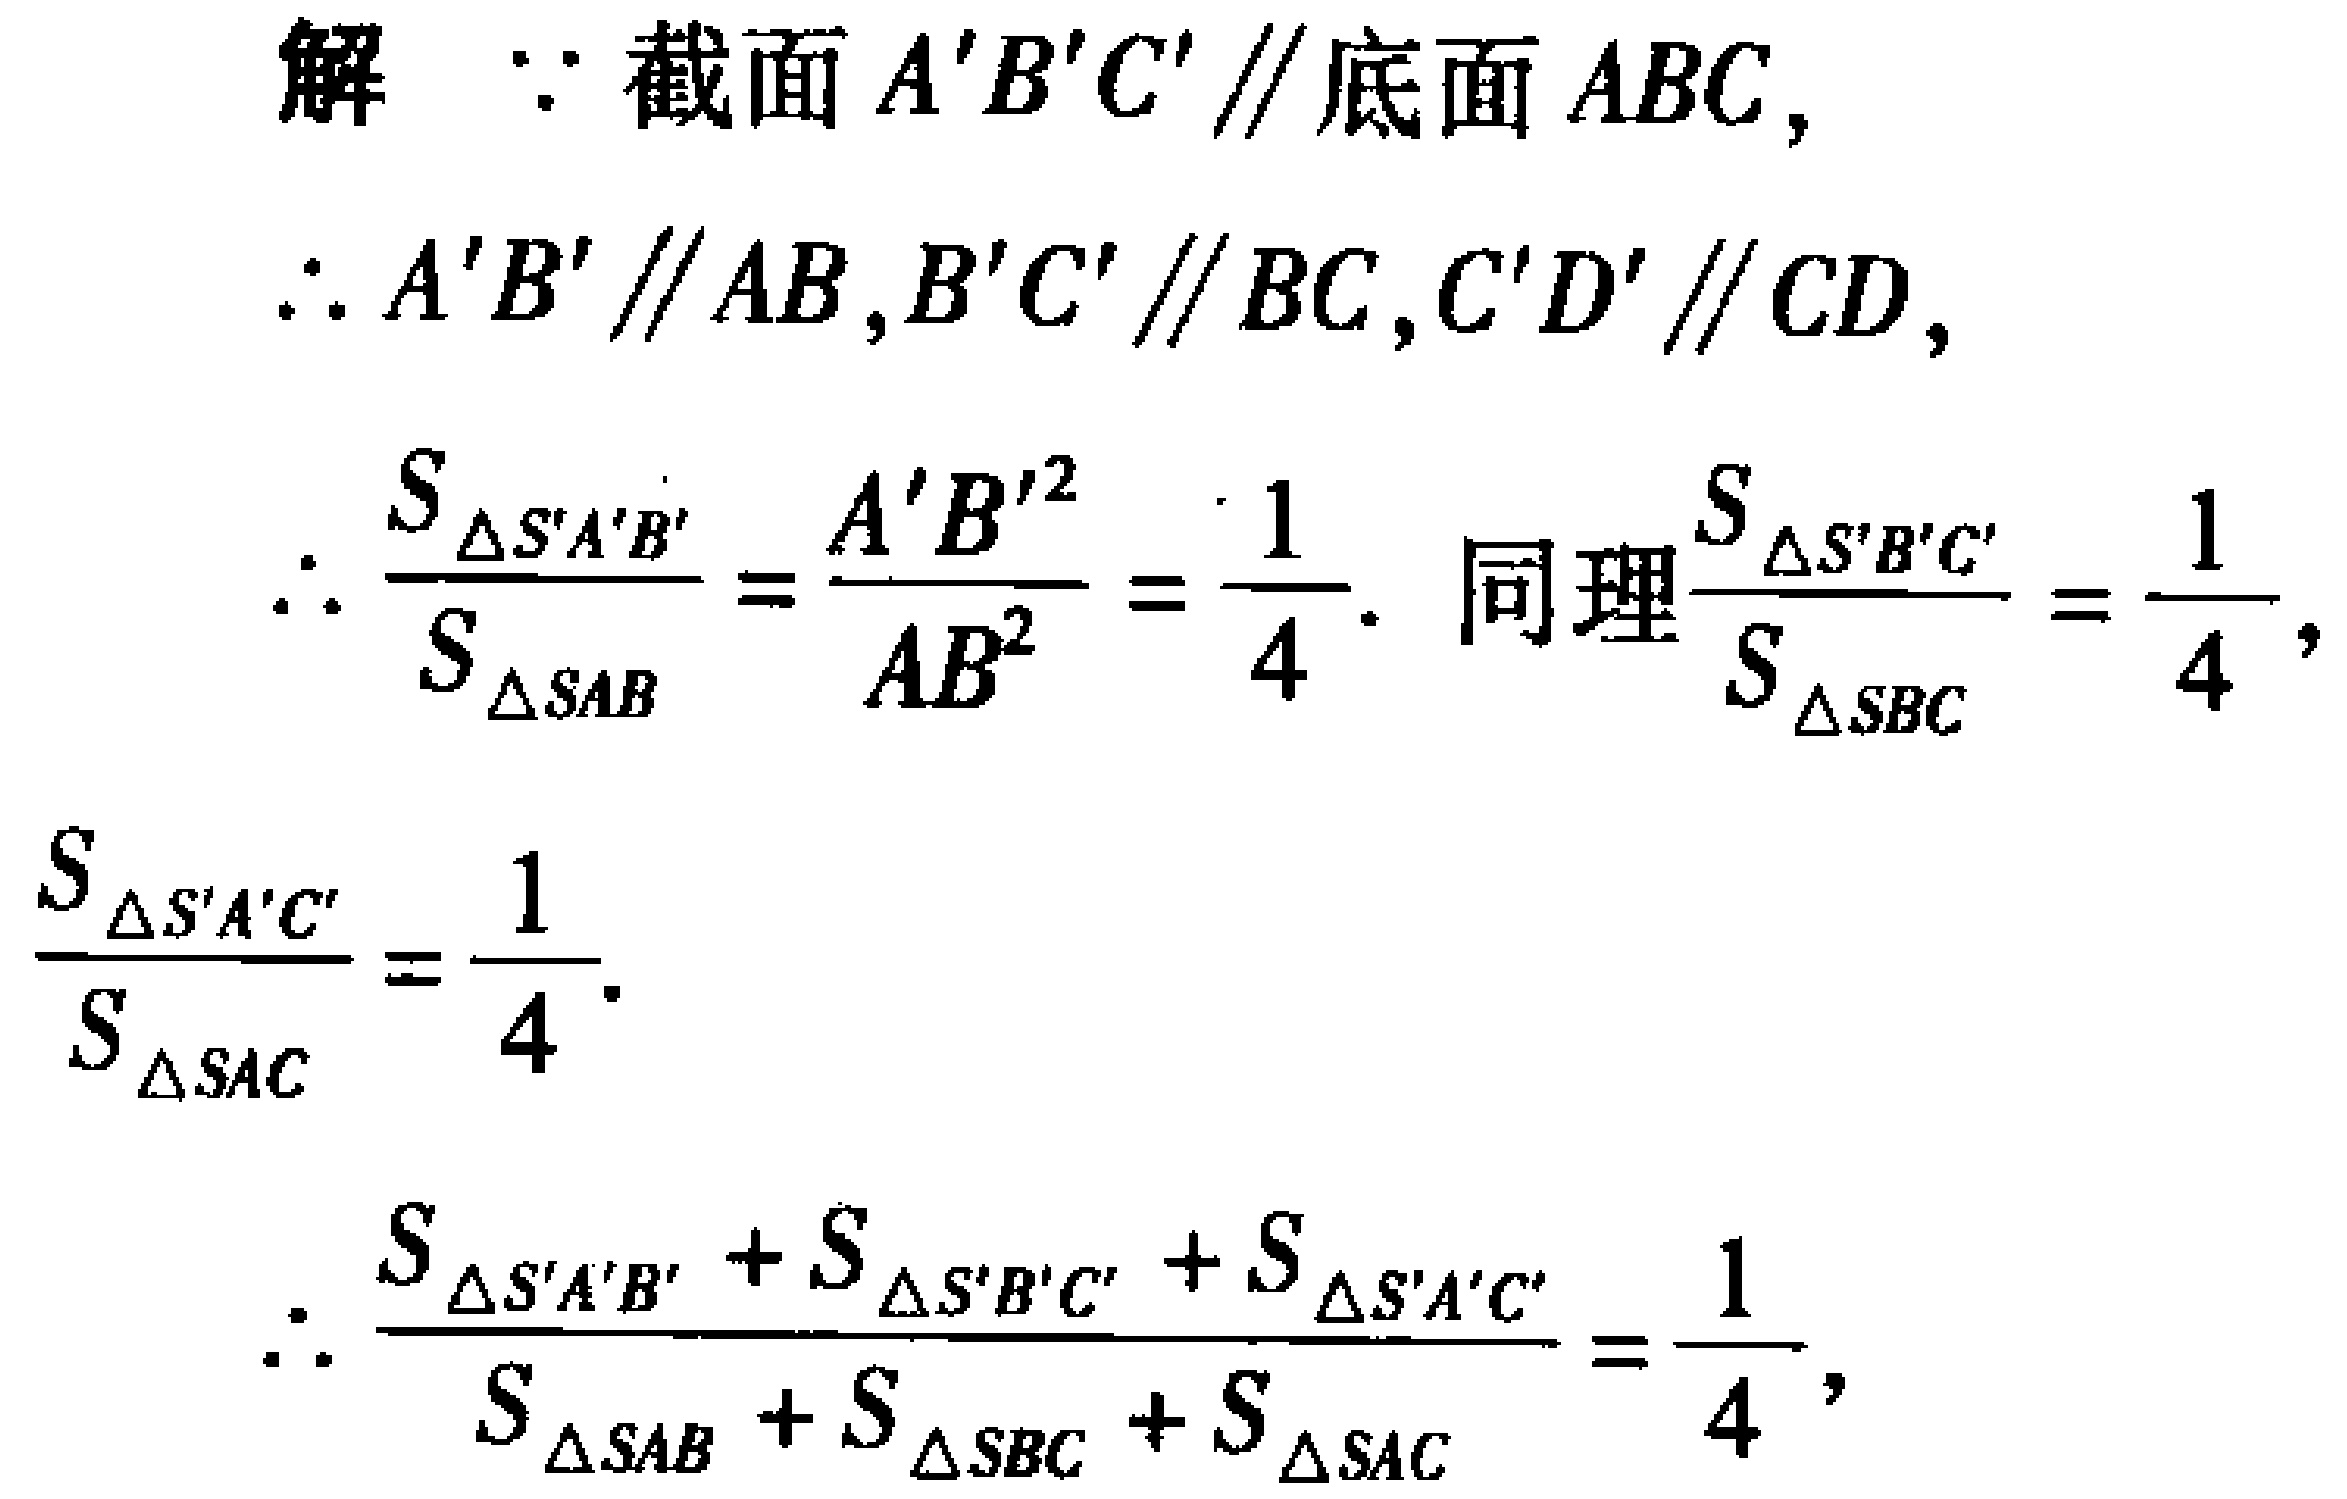
解 $\because$ 截面 $A'B'C' \parallel$ 底面 $ABC$,
$\therefore A'B' \parallel AB,B'C' \parallel BC,C'D' \parallel CD$,
$\therefore \frac{S_{\triangle S'A'B'}}{S_{\triangle SAB}} = \frac{A'B'^{2}}{AB^{2}} = \frac{1}{4}$. 同理$\frac{S_{\triangle S'B'C'}}{S_{\triangle SBC}} = \frac{1}{4}$, $\frac{S_{\triangle S'A'C'}}{S_{\triangle SAC}} = \frac{1}{4}$.
$\therefore \frac{S_{\triangle S'A'B'} + S_{\triangle S'B'C'} + S_{\triangle S'A'C'}}{S_{\triangle SAB} + S_{\triangle SBC} + S_{\triangle SAC}} = \frac{1}{4}$,